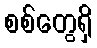
စစ်တွေရှိ